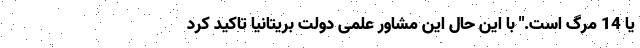
یا 14 مرگ است." با این حال این مشاور علمی دولت بریتانیا تاکید کرد